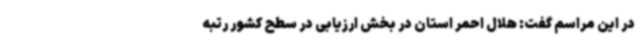
در این مراسم گفت: هلال احمر استان در بخش ارزیابی در سطح کشور رتبه